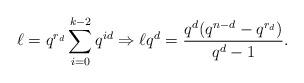
LaTeX: \begin{align*}\ell =q^{r_d} \sum\limits_{i=0}^{k-2}q^{id}\Rightarrow \ell q^{d}=\frac{q^{d}(q^{n-{d}}-q^{r_d})}{q^{d}-1}.\end{align*}